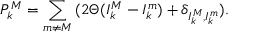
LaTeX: P _ { k } ^ { M } = \sum _ { m \neq M } { ( 2 \Theta ( I _ { k } ^ { M } - I _ { k } ^ { m } ) + \delta _ { I _ { k } ^ { M } , I _ { k } ^ { m } } ) } .